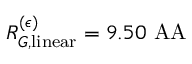
R _ { G , \mathrm { l i n e a r } } ^ { ( \epsilon ) } = 9 . 5 0 \mathrm { \ A A }